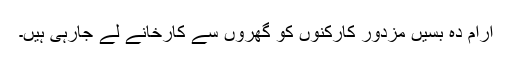
آرام دہ بسیں مزدور کارکنوں کو گھروں سے کارخانے لے جارہی ہیں۔